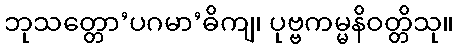
ဘုသတ္တော’ပဂမာ’ဓိကျ၊ ပုဗ္ဗကမ္မနိဝတ္တိသု။